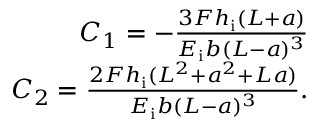
\begin{array} { r } { C _ { 1 } = - \frac { 3 F h _ { \mathrm { i } } ( L + a ) } { E _ { \mathrm { i } } b ( L - a ) ^ { 3 } } } \\ { C _ { 2 } = \frac { 2 F h _ { \mathrm { i } } ( L ^ { 2 } + a ^ { 2 } + L a ) } { E _ { \mathrm { i } } b ( L - a ) ^ { 3 } } . } \end{array}